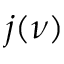
j ( \nu )